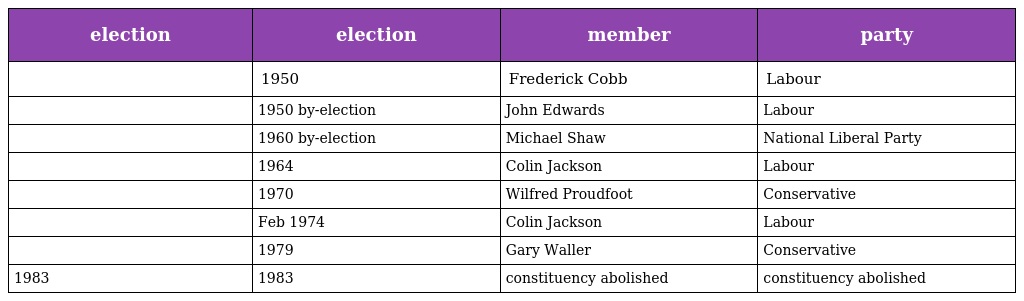
| election | election | member | party |
 | --- | --- | --- | --- |
 |  | 1950 | Frederick Cobb | Labour |
 |  | 1950 by-election | John Edwards | Labour |
 |  | 1960 by-election | Michael Shaw | National Liberal Party |
 |  | 1964 | Colin Jackson | Labour |
 |  | 1970 | Wilfred Proudfoot | Conservative |
 |  | Feb 1974 | Colin Jackson | Labour |
 |  | 1979 | Gary Waller | Conservative |
 | 1983 | 1983 | constituency abolished | constituency abolished |